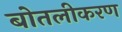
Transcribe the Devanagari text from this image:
बोतलीकरण